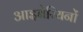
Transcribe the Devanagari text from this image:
आइबेरियनों